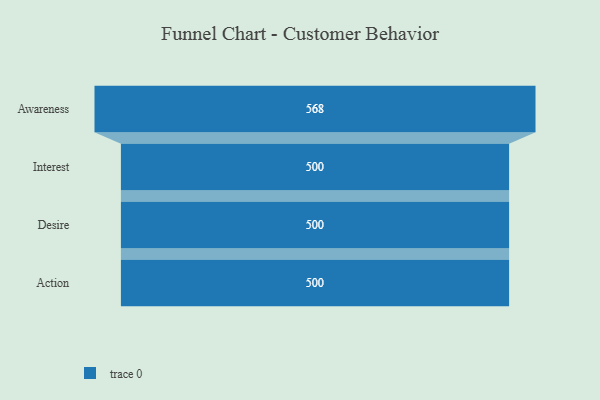
{"axis": {"x": "Stage", "y": "Value"}, "legend": [""], "data": [{"x": "Awareness", "y": 568.0, "type": ""}, {"x": "Interest", "y": 500, "type": ""}, {"x": "Desire", "y": 500, "type": ""}, {"x": "Action", "y": 500, "type": ""}]}